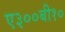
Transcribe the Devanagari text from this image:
ए३००बी१०